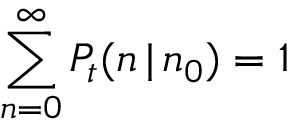
\sum _ { n = 0 } ^ { \infty } P _ { t } ( n \, | \, n _ { 0 } ) = 1